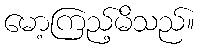
မော့ကြည့်မိသည်။